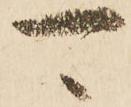
可